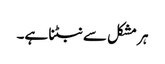
ہر مشکل سے نبٹنا ہے۔